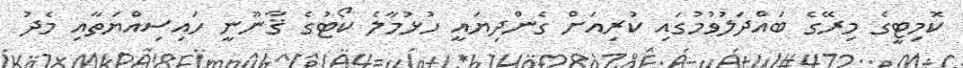
ކޮމިޓީގެ މިރޭގެ ބައްދަލުވުމުގައި ކުރިއަށް ގެންދިޔައީ ހުޅުމާލެ ކޯޓުގެ ޤާނޫނީ ހައިސިއްޔަތާއި މެދު